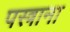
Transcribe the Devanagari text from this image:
पस्त्राना